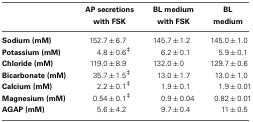
|  | AP secretions with FSK | BL medium with FSK | BL medium |
 | --- | --- | --- | --- |
 | Sodium (mM) | 152.7 ± 6.7 | 145.7 ± 1.2 | 145.0 ± 1.0 |
 | Potassium (mM) | 4.8 ± 0.6‡ | 6.2 ± 0.1 | 5.9 ± 0.1 |
 | Chloride (mM) | 119.0 ± 8.9 | 132.0 ± 0 | 129.7 ± 0.6 |
 | Bicarbonate (mM) | 35.7 ± 1.5‡ | 13.0 ± 1.7 | 13.0 ± 1.0 |
 | Calcium (mM) | 2.2 ± 0.1‡ | 1.9 ± 0.1 | 1.9 ± 0.01 |
 | Magnesium (mM) | 0.54 ± 0.1‡ | 0.9 ± 0.04 | 0.82 ± 0.01 |
 | AGAP (mM) | 5.6 ± 4.2 | 9.7 ± 0.4 | 11 ± 0.5 |